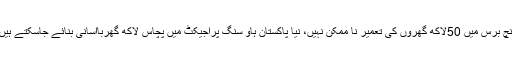
پانچ برس میں 50لاکھ گھروں کی تعمیر نا ممکن نہیں، نیا پاکستان ہاؤ سنگ پراجیکٹ میں پچاس لاکھ گھرباآسانی بنائے جاسکتے ہیں ۔